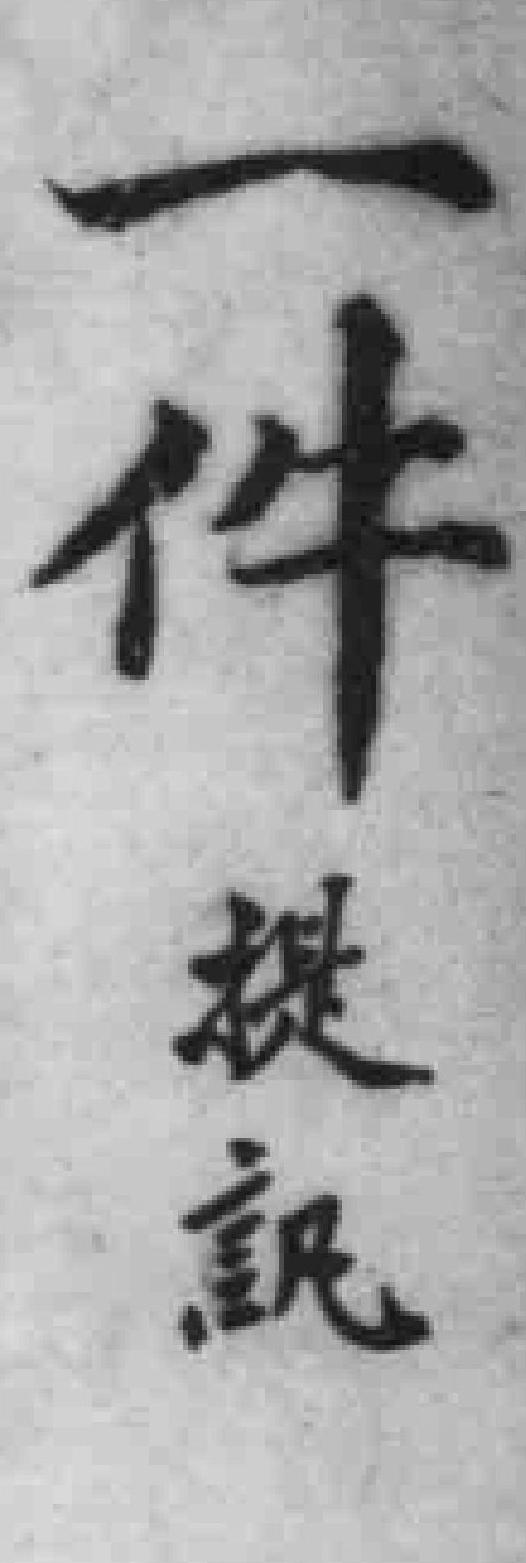
一件提訊